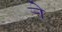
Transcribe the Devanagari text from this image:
र्‍ाे